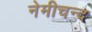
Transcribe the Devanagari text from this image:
नेमीचन्द